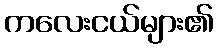
ကလေးငယ်များ၏